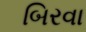
બિરવા